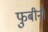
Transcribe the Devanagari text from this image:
फुबीनी